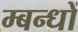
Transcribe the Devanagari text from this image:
म्बन्धों